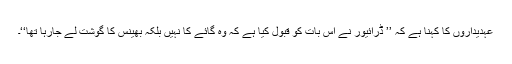
عہدیداروں کا کہنا ہے کہ ’’ ڈرائیور نے اس بات کو قبول کیا ہے کہ وہ گائے کا نہیں بلکہ بھینس کا گوشت لے جارہا تھا‘‘۔